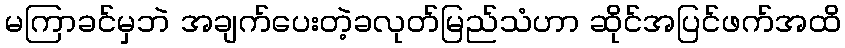
မကြာခင်မှဘဲ အချက်ပေးတဲ့ခလုတ်မြည်သံဟာ ဆိုင်အပြင်ဖက်အထိ